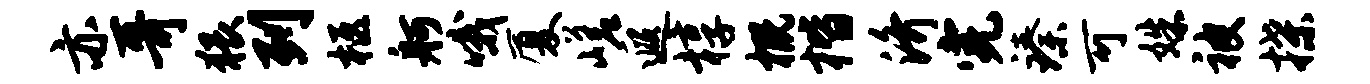
亦哥猥列柩舸哦厦嵯遐椁概楷济完臻可姝被揲